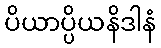
ပိယာပ္ပိယနိဒါနံ